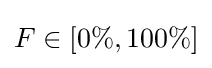
F\in [0\%,100\%]